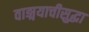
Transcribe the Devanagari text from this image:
वाङ्मयाचीसुद्धा